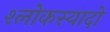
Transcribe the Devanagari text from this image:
श्लोकस्यादो